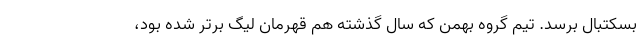
بسکتبال برسد. تیم گروه بهمن که سال گذشته هم قهرمان لیگ برتر شده بود،